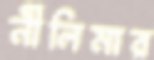
নীলিমার